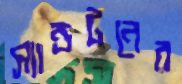
স্যান্ডটনের